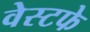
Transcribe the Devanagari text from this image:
वेस्टफे